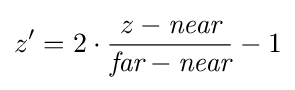
z'=2\cdot {\frac {{z}-{\textit {near}}}{{\textit {far}}-{\textit {near}}}}-1